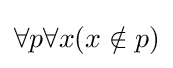
\forall p\forall x(x\notin p)